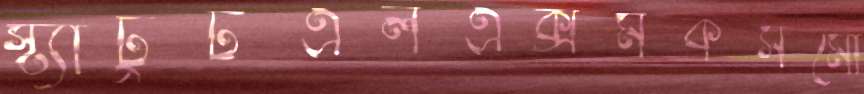
স্ট্যাটুটএলএক্সমকসমো